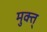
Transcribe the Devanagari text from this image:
मुक्त्